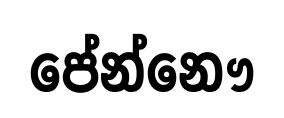
පේන්නෞ